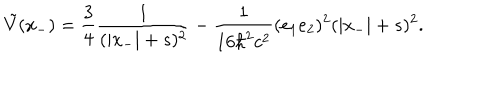
LaTeX: \tilde { V } ( x _ { - } ) = \frac { 3 } { 4 } \frac { 1 } { ( | x _ { - } | + s ) ^ { 2 } } - \frac { 1 } { 1 6 { \hbar } ^ { 2 } c ^ { 2 } } ( e _ { 1 } e _ { 2 } ) ^ { 2 } ( | x _ { - } | + s ) ^ { 2 } .